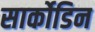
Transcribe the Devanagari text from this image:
सार्कोडिन